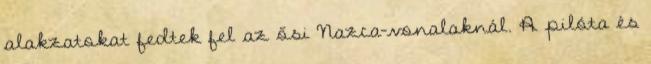
alakzatokat fedtek fel az ősi Nazca-vonalaknál. A pilóta és